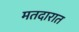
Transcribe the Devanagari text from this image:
मतदारात